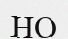
НО